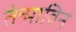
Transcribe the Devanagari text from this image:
तेन्माविन